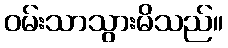
ဝမ်းသာသွားမိသည်။